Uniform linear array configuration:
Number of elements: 64
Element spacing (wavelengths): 0.75
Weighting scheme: blackman
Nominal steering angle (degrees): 0
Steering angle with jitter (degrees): -0.0926
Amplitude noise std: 0.05
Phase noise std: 0.05

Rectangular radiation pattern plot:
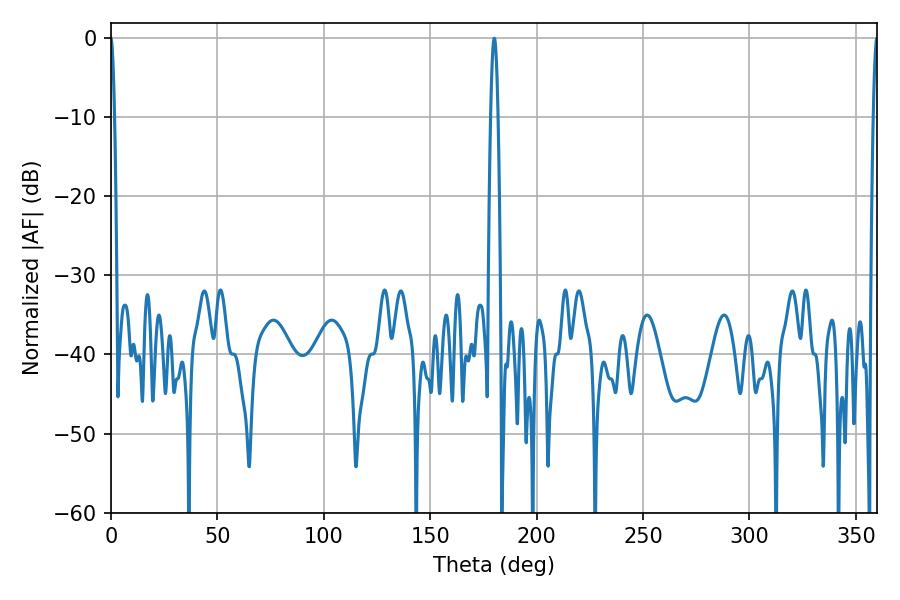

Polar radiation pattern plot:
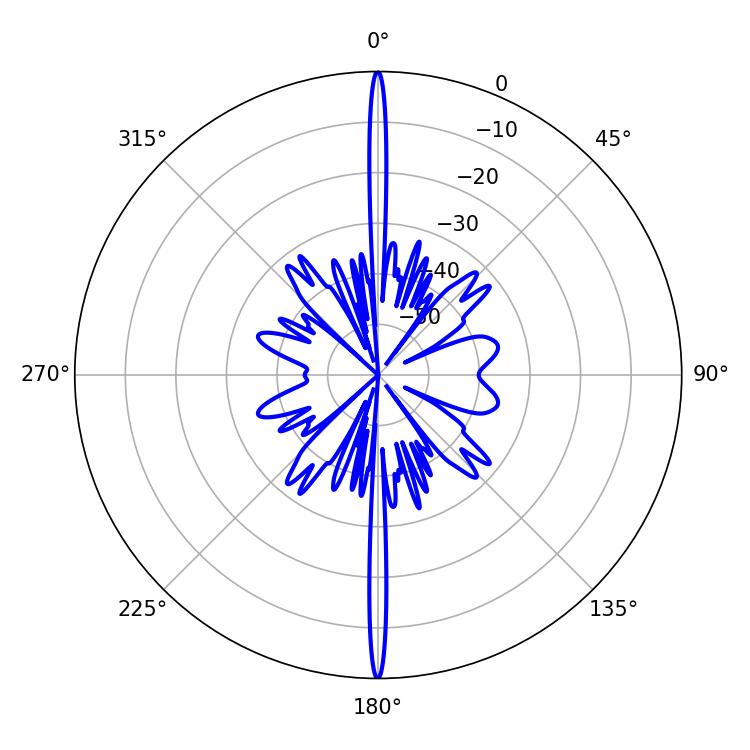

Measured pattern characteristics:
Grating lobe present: TRUE
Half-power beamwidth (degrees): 1.08
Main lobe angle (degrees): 359.82